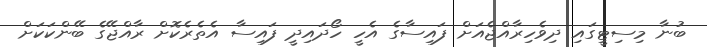
ބުނާ މިސިޓީގައި ދިވެހިރާއްޖެއަށް ފައިސާގެ އެހީ ހޯދައިދީ ފައިސާ އެތެރެކޮށް ރާއްޖޭގެ ބޭންކަކަށް